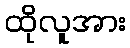
ထိုလူအား